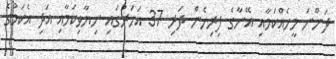
ދަންނަ މީހެއްކަމާއި އޭނާގެ ފިރިހެން ދަރި 37 އަހަރުގައި ނިޔާވިކަމާއި އަދި އެކަމުގެ